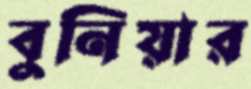
বুনিয়ার